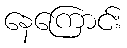
နေကြောင်း